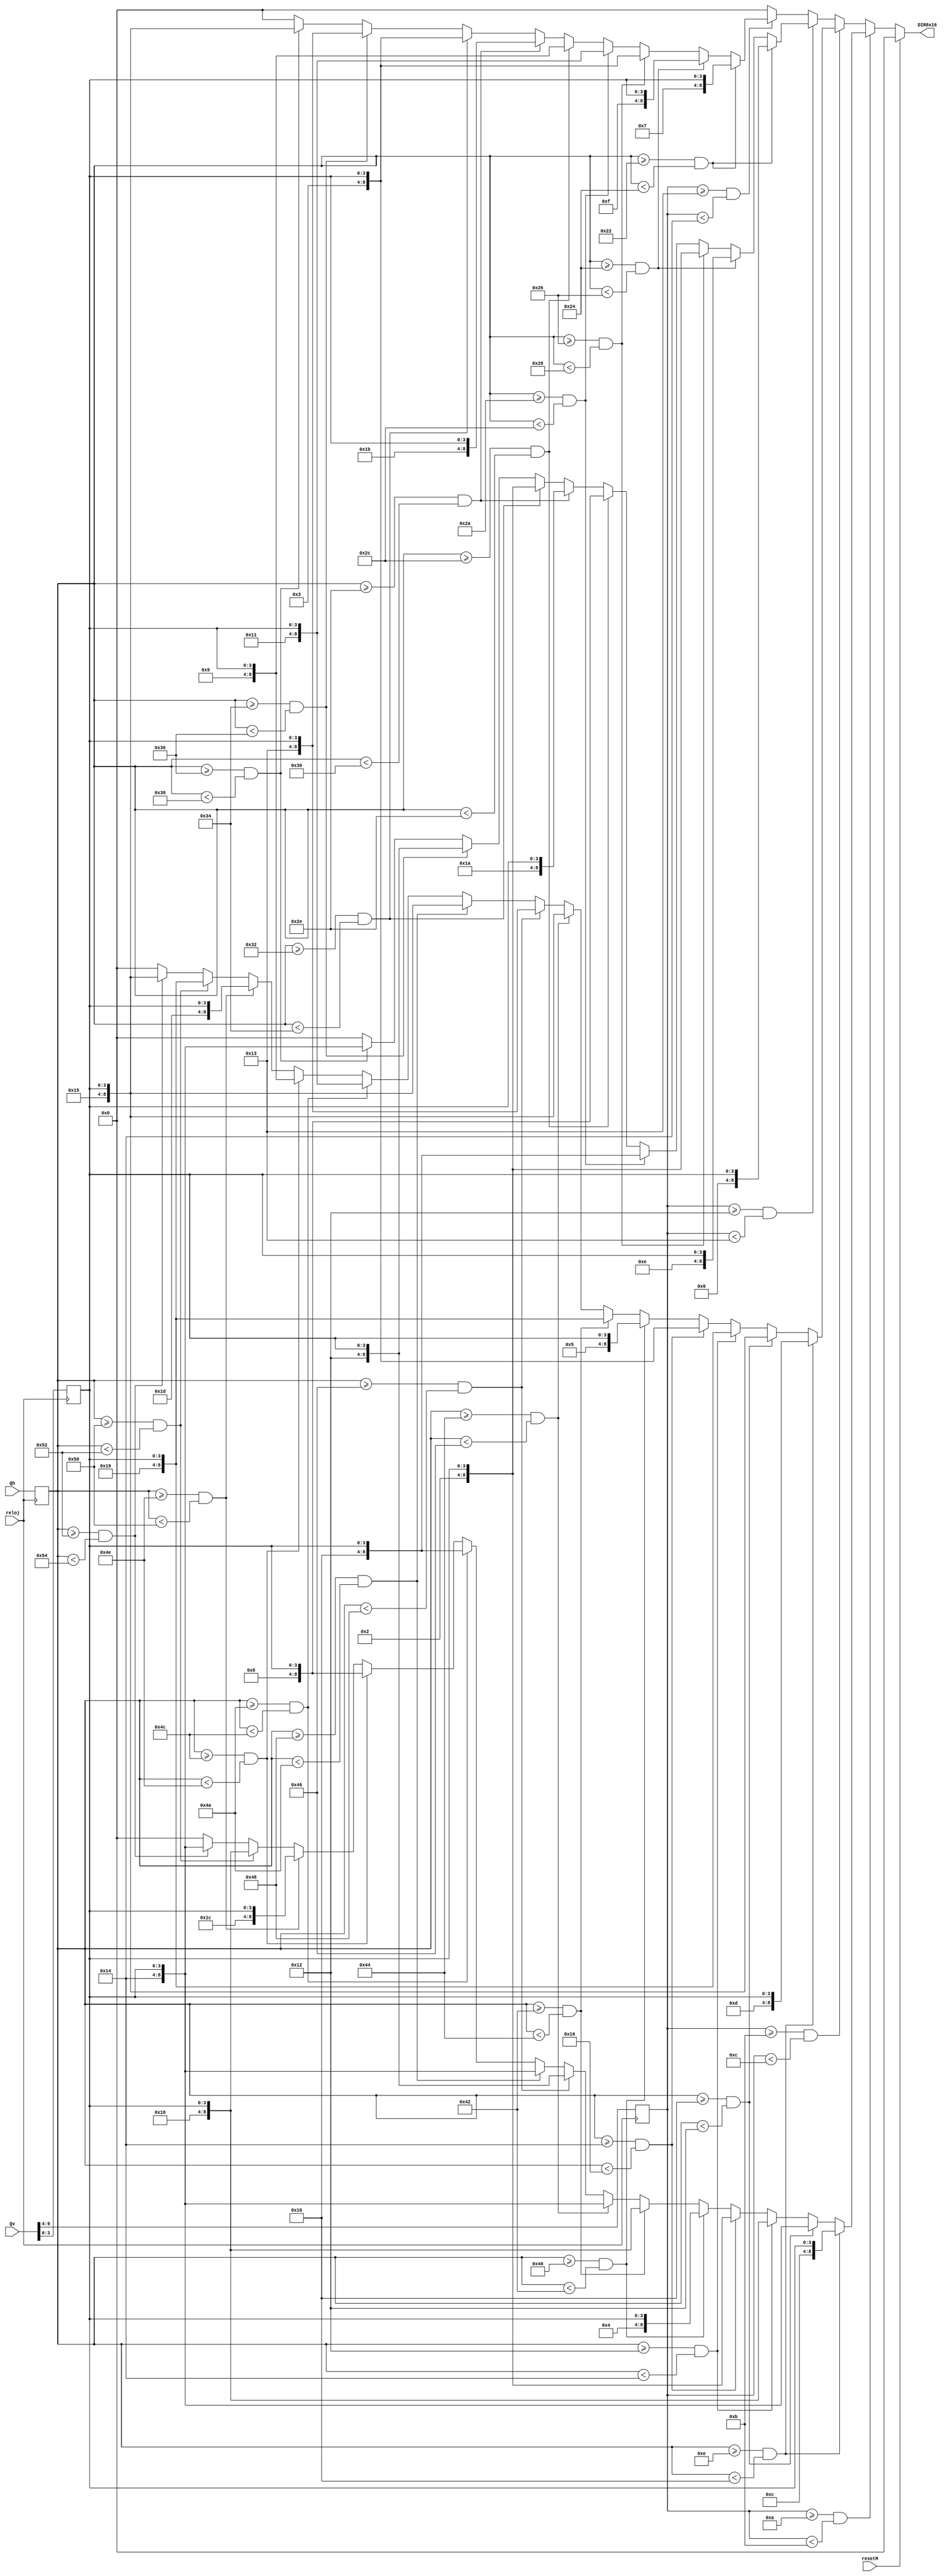
`timescale 1ns / 1ps

module Posicion_ROM8x16(
input resetM,
input [6:0] Qh, 
input [9:0] Qv,
input reloj,
output [8:0] DIR8x16
    );

    reg [6:0] M_h;
    reg [5:0] M_v;
    reg [3:0] SELEC_COL;
    reg [8:0] DIR;
    
    
                        /***********PARAMETROS***********/
                        
                        /*********DIRECCION LETRAS*********/
parameter CERO = 12'h010; parameter UNO = 12'h020; parameter DOS = 12'h030; parameter TRES = 12'h040; parameter CUATRO = 12'h050;
parameter CINCO = 12'h060; parameter SEIS = 12'h070; parameter SIETE = 12'h081; parameter OCHO = 12'h091; parameter NUEVE = 12'h0a1;

                                    /*Parte Alta*/

parameter A_a = 5'h02;  parameter C_a = 5'h04; parameter D_a = 5'h06; parameter E_a = 5'h08; parameter F_a = 5'h0a;

parameter H_a = 5'h0c; parameter I_a = 5'h0e; parameter M_a = 5'h10; parameter N_a = 5'h12; parameter O_a= 5'h14; 

parameter P_a = 5'h16; parameter R_a = 5'h18; parameter S_a = 5'h1a; parameter T_a = 5'h1c;  

                                    /*Parte Baja*/

parameter A_b = 5'h03; parameter  C_b = 5'h05; parameter D_b = 5'h07; parameter E_b = 5'h09; parameter F_b = 5'h0b;

parameter H_b = 5'h0d; parameter I_b = 5'h0f; parameter M_b = 5'h11; parameter N_b = 5'h13; parameter O_b= 5'h15; 

parameter P_b = 5'h17;  parameter R_b = 5'h19; parameter S_b = 5'h1b; parameter T_b = 5'h1d; 


              /*********************HORIZONTAL*********************/
                                    /*HORA*/
parameter H1_h = 7'd14; parameter O1_h = 7'd16; parameter R1_h = 7'd18; parameter A1_h = 7'd20; parameter A1_h2 = 7'd22;
/*parameter H1_h = 7'd10; parameter O1_h = 7'd12; parameter R1_h = 7'd14; parameter A1_h = 7'd16; parameter A1_h2 = 7'd18;
*/
                                  /*DIA/MES/ANO*/      
parameter D1_h = 7'd34; parameter I1_h = 7'd36; parameter A2_h = 7'd38; parameter Space1_h = 7'd40;
parameter M1_h = 7'd42; parameter E1_h = 7'd44; parameter S1_h = 7'd46; parameter Space2_h = 7'd48;
parameter A3_h = 7'd50; parameter N1_h = 7'd52; parameter O2_h = 7'd54; 
                                    /*CRONOMETRO*/  
parameter C1_h = 7'd64; parameter R2_h = 7'd66; parameter O3_h = 7'd68; parameter N2_h = 7'd70; parameter O4_h = 7'd72;
parameter M2_h = 7'd74; parameter E2_h = 7'd76; parameter T1_h = 7'd78; parameter R3_h = 7'd80; parameter O5_h = 7'd82;
             
              /*********************VERTICAL*********************/
                                 /*HORA Y CRONO*/
parameter HCU_v = 6'd10; parameter HCD_v = 6'd12; parameter MITAD = 6'd11;
                                /*DIA/MES/ANO*/
parameter FECHAU_v = 6'd18; parameter FECHAD_v = 6'd20; parameter mitad = 6'd19;

    always @(posedge reloj) begin
        M_v <= {Qv[9],Qv[8],Qv[7],Qv[6],Qv[5],Qv[4]};
        M_h <= {Qh[6],Qh[5],Qh[4],Qh[3],Qh[2],Qh[1],Qh[0]};
	    SELEC_COL <= {Qv[3], Qv[2], Qv[1], Qv[0]};
	    
        end
    always@(*)begin
            if (resetM == 1'b1) 
                DIR <= 9'h000;  
            else
            begin
                                             /*HORA Y CRONO*/                       
                if (M_v >= HCU_v && M_v < MITAD)
                begin
                                /*HORA*/
                   if (M_h >= H1_h && M_h < O1_h)
                        DIR <= {H_a, SELEC_COL};
                        
                   else if (M_h >= O1_h && M_h < R1_h)
                        DIR <= {O_a, SELEC_COL};
                        
                   else if (M_h >= R1_h && M_h < A1_h)
                        DIR <= {R_a, SELEC_COL};
                        
                   else if (M_h >= A1_h && M_h < A1_h2)
                        DIR <= {A_a, SELEC_COL};
                        
                                /*CRONO*/
                   else if (M_h >= C1_h && M_h < R2_h)
                        DIR <= {C_a, SELEC_COL};
                        
                   else if (M_h >= R2_h && M_h < O3_h)
                        DIR <= {R_a, SELEC_COL};
                        
                   else if (M_h >= O3_h && M_h < N2_h)
                        DIR <= {O_a, SELEC_COL};
                        
                   else if (M_h >= N2_h && M_h < O4_h)
                        DIR <= {N_a, SELEC_COL};
                        
                   else if (M_h >= O4_h && M_h < M2_h)
                        DIR <= {O_a, SELEC_COL}; 
                         
                   else if (M_h >= M2_h && M_h < E2_h)
                        DIR <= {M_a, SELEC_COL}; 
                         
                   else if (M_h >= E2_h && M_h < T1_h)
                       DIR <= {E_a, SELEC_COL};
                       
                   else if (M_h >= T1_h && M_h < R3_h)
                       DIR <= {T_a, SELEC_COL};
                       
                   else if (M_h >= R3_h && M_h < O5_h)
                       DIR <= {R_a, SELEC_COL};
                           
                   else if (M_h >= O5_h && M_h < 7'd84)
                       DIR <= {O_a, SELEC_COL};
                   else 
                        DIR <= 9'h000;  
                end
                
                else if (M_v >= MITAD && M_v < HCD_v)
                begin
                                 /*HORA*/
                   if (M_h >= H1_h && M_h < O1_h)
                        DIR <= {H_b, SELEC_COL};
                        
                   else if (M_h >= O1_h && M_h < R1_h)
                        DIR <= {O_b, SELEC_COL};
                        
                   else if (M_h >= R1_h && M_h < A1_h)
                        DIR <= {R_b, SELEC_COL};
                        
                   else if (M_h >= A1_h && M_h < A1_h2)
                        DIR <= {A_b, SELEC_COL};
                        
                                /*CRONO*/
                   else if (M_h >= C1_h && M_h < R2_h)
                        DIR <= {C_b, SELEC_COL};
                        
                   else if (M_h >= R2_h && M_h < O3_h)
                        DIR <= {R_b, SELEC_COL};
                        
                   else if (M_h >= O3_h && M_h < N2_h)
                        DIR <= {O_b, SELEC_COL};
                        
                   else if (M_h >= N2_h && M_h < O4_h)
                        DIR <= {N_b, SELEC_COL};
                        
                   else if (M_h >= O4_h && M_h < M2_h)
                        DIR <= {O_b, SELEC_COL}; 
                        
                   else if (M_h >= M2_h && M_h < E2_h)
                        DIR <= {M_b, SELEC_COL}; 
                        
                   else if (M_h >= E2_h && M_h < T1_h)
                        DIR <= {E_b, SELEC_COL};
                      
                   else if (M_h >= T1_h && M_h < R3_h)
                        DIR <= {T_b, SELEC_COL};
                        
                   else if (M_h >= R3_h && M_h < O5_h)
                        DIR <= {R_b, SELEC_COL};
                      
                   else if (M_h >= O5_h && M_h < 7'd84)
                       DIR <= {O_b, SELEC_COL};
                   else 
                       DIR <= 9'h000; 
                end
                
         
                else if (M_v >= FECHAU_v && M_v < mitad)
                begin 
                                /*DIA*/
/*parameter D1_h = 7'd40; parameter I1_h = 7'd42; parameter A2_h = 7'd44; parameter Space1_h = 7'd46;
*/
                  if (M_h >= D1_h && M_h < I1_h)
                        DIR <= {D_a, SELEC_COL};
                        
                  else if (M_h >= I1_h && M_h < A2_h)
                        DIR <= {I_a, SELEC_COL};
                        
                  else if (M_h >= A2_h && M_h < Space1_h)
                        DIR <= {A_a, SELEC_COL};
                        
                  /*else if (M_h >= Space1_h && M_h < 7'd38)
                        DIR <= {4'h7, 4'hc, SELEC_COL};*/

                                
                                /*MES*/
/*parameter M1_h = 7'd48; parameter E1_h = 7'd50; parameter S1_h = 7'd52; parameter Space2_h = 7'd54;
*/
                 else if (M_h >= M1_h && M_h < E1_h)
                        DIR <= {M_a, SELEC_COL};
                        
                 else if (M_h >= E1_h && M_h < S1_h)
                        DIR <= {E_a, SELEC_COL};
                        
                 else if (M_h >= S1_h && M_h < Space2_h)
                        DIR <= {S_a, SELEC_COL};
                        
                 /*else if (M_h >= Space2_h && M_h < 7'd46)
                        DIR <= {4'h7, 4'hc, SELEC_COL};*/                      
                        
                                /*ANO*/
/*parameter A3_h = 7'd56; parameter N1_h = 7'd58; parameter O2_h = 7'd60;
*/
                 else if (M_h >= A3_h && M_h < N1_h)
                        DIR <= {A_a, SELEC_COL};
                        
                 else if (M_h >= N1_h && M_h < O2_h)
                        DIR <= {N_a, SELEC_COL};
                        
                 else if (M_h >= O2_h && M_h < 7'd56)
                        DIR <= {O_a, SELEC_COL};
                        
                 else 
                        DIR <= 9'h000; 
                end
                
                else if (M_v >= mitad && M_v <FECHAD_v)
                begin 
                                /*DIA*/
/*parameter D1_h = 7'd40; parameter I1_h = 7'd42; parameter A2_h = 7'd44; parameter Space1_h = 7'd46;
*/
                  if (M_h >= D1_h && M_h < I1_h)
                        DIR <= {D_b, SELEC_COL};
                        
                  else if (M_h >= I1_h && M_h < A2_h)
                        DIR <= {I_b, SELEC_COL};
                        
                  else if (M_h >= A2_h && M_h < Space1_h)
                        DIR <= {A_b, SELEC_COL};
                        
                  /*else if (M_h >= Space1_h && M_h < 7'd38)
                        DIR <= {4'h7, 4'hc, SELEC_COL};*/

                                
                                /*MES*/
/*parameter M1_h = 7'd48; parameter E1_h = 7'd50; parameter S1_h = 7'd52; parameter Space2_h = 7'd54;
*/
                 else if (M_h >= M1_h && M_h < E1_h)
                        DIR <= {M_b, SELEC_COL};
                        
                 else if (M_h >= E1_h && M_h < S1_h)
                        DIR <= {E_b, SELEC_COL};
                        
                 else if (M_h >= S1_h && M_h < Space2_h)
                        DIR <= {S_b, SELEC_COL};
                        
                 /*else if (M_h >= Space2_h && M_h < 7'd46)
                        DIR <= {4'h7, 4'hc, SELEC_COL};*/                      
                        
                                /*ANO*/
/*parameter A3_h = 7'd56; parameter N1_h = 7'd58; parameter O2_h = 7'd60;
*/
                 else if (M_h >= A3_h && M_h < N1_h)
                        DIR <= {A_b, SELEC_COL};
                        
                 else if (M_h >= N1_h && M_h < O2_h)
                        DIR <= {N_b, SELEC_COL};
                        
                 else if (M_h >= O2_h && M_h < 7'd56)
                        DIR <= {O_b, SELEC_COL};
                        
                 else 
                        DIR <= 9'h000;  
                end  
                else
                    DIR <= 9'h000;
                
           end
           end 
           
                assign DIR8x16 = DIR;
                       
 
endmodule